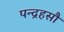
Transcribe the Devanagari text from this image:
पन्द्रहसौ